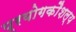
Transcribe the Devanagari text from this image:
प्रयोगकौशल्य